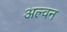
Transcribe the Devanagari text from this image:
अल्वन